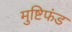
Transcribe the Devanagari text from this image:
मुष्टिफंड